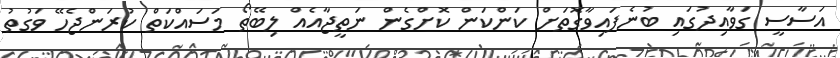
އަސާސީ ގަވާއިދުގައި ބުނެފައިވާގޮތަށް ކަންކަން ކޮށްގެން ނަތީޖާއެއް ލިބޭތޯ މަސައްކަތް ކުރަންޖެހޭ ވަގުތު